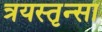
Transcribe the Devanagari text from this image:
त्रयस्तृन्सा